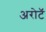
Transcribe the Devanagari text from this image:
अरोटॅ